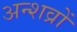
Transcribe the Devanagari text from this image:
अन्शव्रों